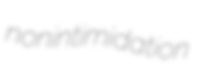
nonintimidation